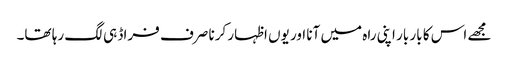
مجھے اس کا بار بار اپنی راہ میں آنا اور یوں اظہار کرنا صرف فراڈ ہی لگ رہا تھا۔